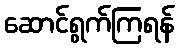
ဆောင်ရွက်ကြရန်